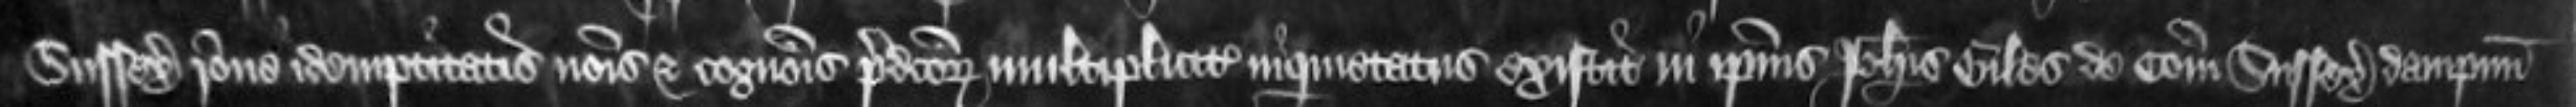
Sussex ratione idempnitatis nominis et cognominis predictorum multipliciter inquietatus existit in ipsius Johannis Giles de Comitatu Sussex dampnum